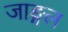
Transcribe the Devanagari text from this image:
जाङ्गल